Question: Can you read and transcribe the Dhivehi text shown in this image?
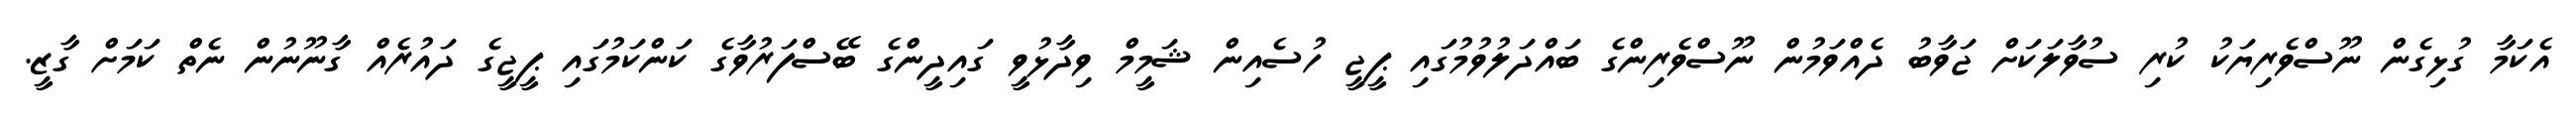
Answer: އެކަމާ ގުޅިގެން ނޫސްވެރިޔަކު ކުރި ސުވާލަކަށް ޖަވާބު ދެއްވަމުން ނޫސްވެރިންގެ ބައްދަލުވުމުގައި ޕީޖީ ހުސެއިން ޝަމީމް ވިދާޅުވީ ގައިދީންގެ ބޭސްފަރުވާގެ ކަންކަމުގައި ޕީޖީގެ ދައުރެއް ގާނޫނުން ނެތް ކަމަށް ގާޒީ.